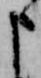
申